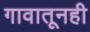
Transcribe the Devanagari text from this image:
गावातूनही